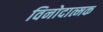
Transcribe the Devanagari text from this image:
विनोदात्मक